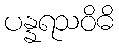
ပန္နရသဝိဓိ